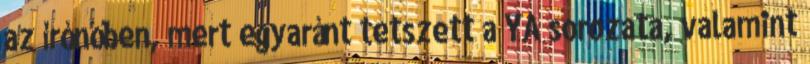
az írónőben, mert egyaránt tetszett a YA sorozata, valamint